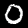
Digit: 0